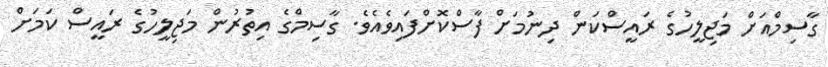
ގާސިމްއަށް މަޖިލީހުގެ ރައީސްކަން ދިނުމަށް ފާސްކޮށްފައިވެއެވެ. ގާސިމްގެ އިތުރުން މަޖިލީހުގެ ރައީސް ކަމަށް